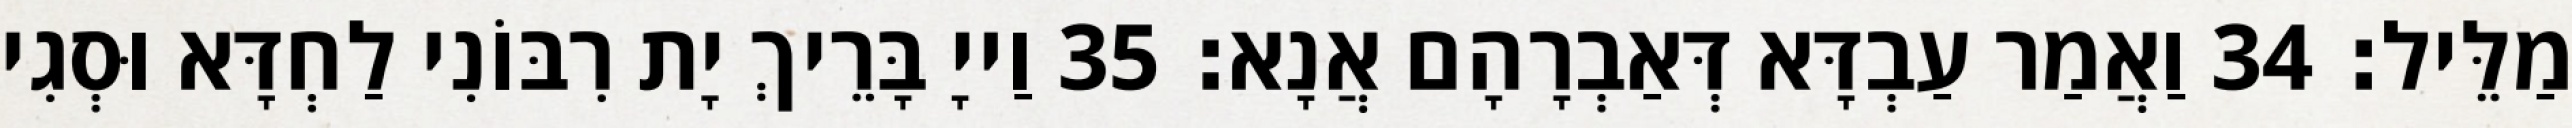
מַלֵּיל׃ 34 וַאֲמַר עַבְדָּא דְּאַבְרָהָם אֲנָא׃ 35 וַייָ בָּרֵיךְ יָת רִבּוֹנִי לַחְדָּא וּסְגִי